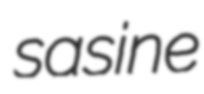
sasine